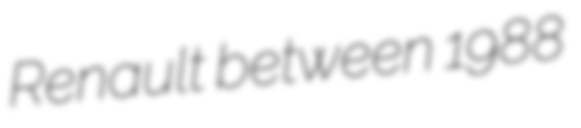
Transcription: Renault between 1988